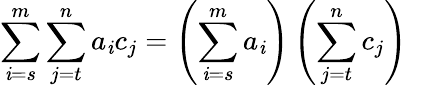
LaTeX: \sum_{\mathit{i}=s}^{m}\sum_{j=t}^{n}{a_{\mathit{i}}}{c_{j}}=\left(\sum_{\mathit{i}=s}^{m}a_{\mathit{i}}\right)\left(\sum_{j=t}^{n}c_{j}\right)\quad